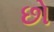
છો